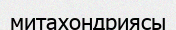
митахондриясы